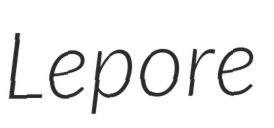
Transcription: Lepore